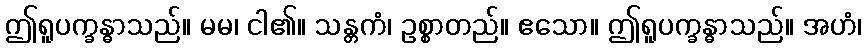
ဤရူပက္ခန္ဓာသည်။ မမ၊ ငါ၏။ သန္တကံ၊ ဥစ္စာတည်။ ဧသော။ ဤရူပက္ခန္ဓာသည်။ အဟံ၊